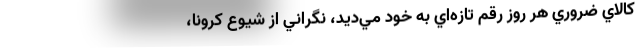
كالاي ضروري هر روز رقم تازه‌اي به خود مي‌ديد، نگراني از شيوع كرونا،